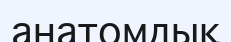
анатомдық